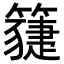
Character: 𥵯